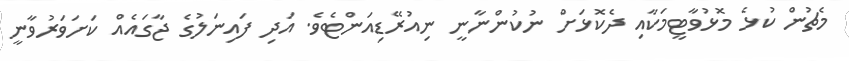
މެޗުން ކުޅެ މޮޅުވާޓީމަކާއި ދެކޮޅަށް ނުކުންނާނީ ނިއުރޭޑިއަންޓެވެ. އަދި ފައިނަލުގެ ޖާގައެއް ކަށަވަރުވާނީ